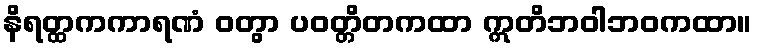
နိရတ္ထကကာရဏံ ဝတွာ ပဝတ္တိတကထာ ဣတိဘဝါဘဝကထာ။